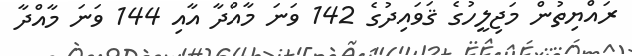
ރައްޔިތުން މަޖިލީހުގެ ޤަވައިދުގެ 142 ވަނަ މާއްދާ އާއި 144 ވަނަ މާއްދާ